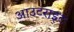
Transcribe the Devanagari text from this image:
आउटराइट